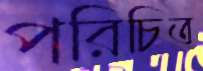
পরিচিত